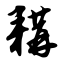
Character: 耩